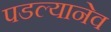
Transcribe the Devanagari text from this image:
पडल्यानेव